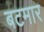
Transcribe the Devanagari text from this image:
बटमार